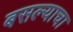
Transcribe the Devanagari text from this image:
बसल्याचा